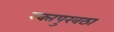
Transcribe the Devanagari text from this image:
रक्‍तपुरवठा